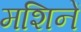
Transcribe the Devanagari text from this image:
मशिनें